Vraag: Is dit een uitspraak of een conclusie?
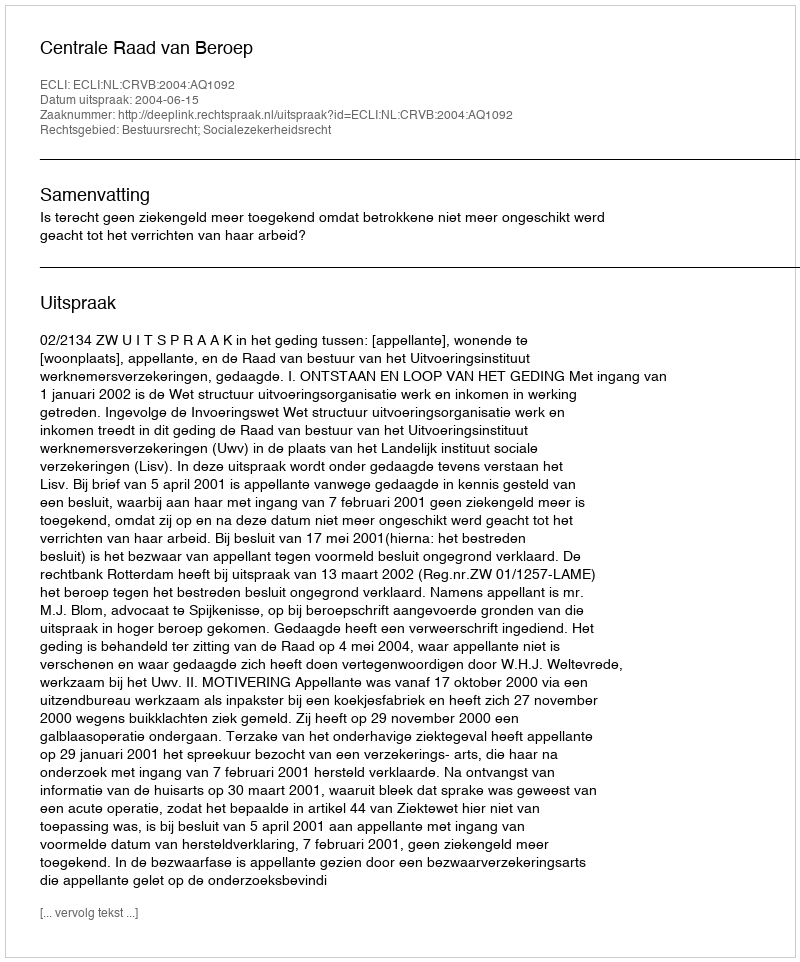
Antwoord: Uitspraak